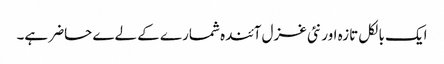
ایک بالکل تازہ اور نئی غزل آئندہ شمارے کے لےے حاضر ہے۔